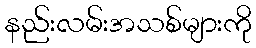
နည်းလမ်းအသစ်များကို